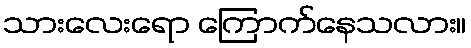
သားလေးရော ကြောက်နေသလား။